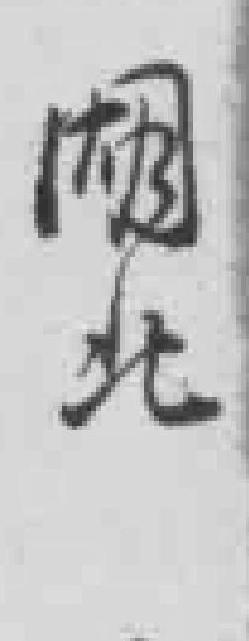
湖北